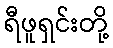
ရီဖူရှင်းတို့